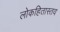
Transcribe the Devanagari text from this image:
लोकहितास्तव